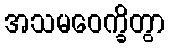
အသမဝေက္ခိတွာ